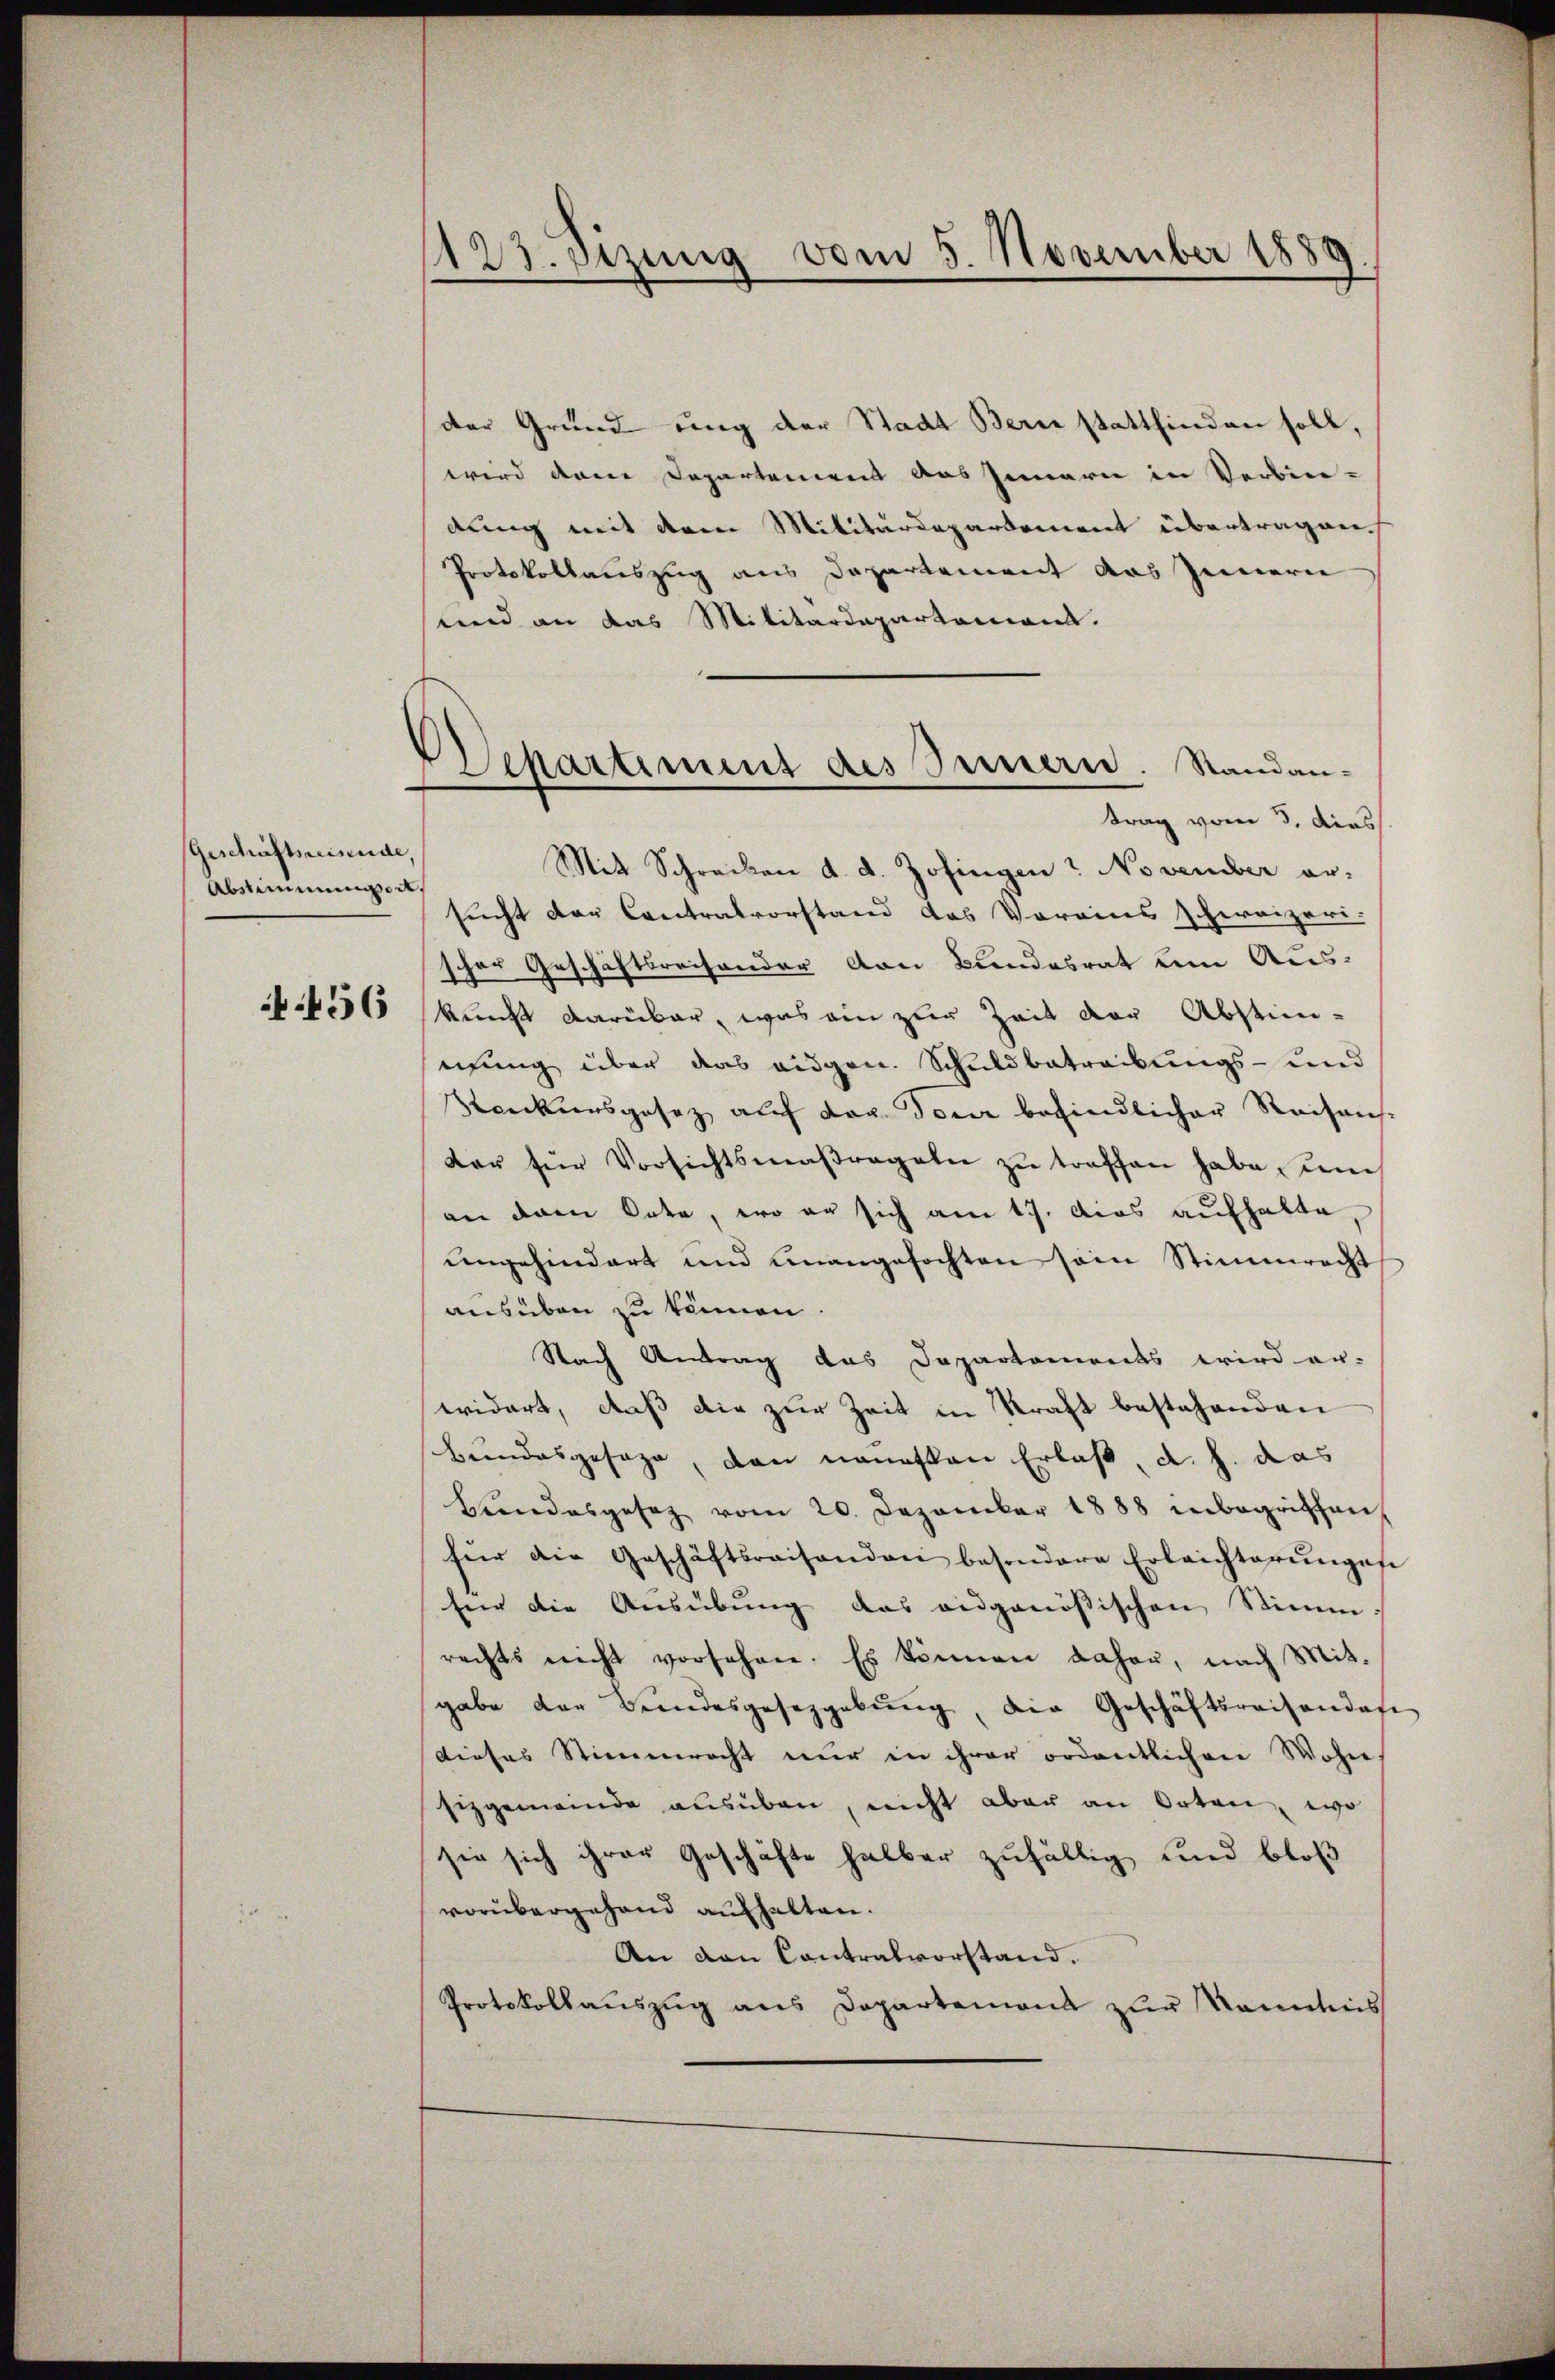
Geschäftsreisende,
Abstimmungen.

456

123. Etzung vom 5. November 1880

Schartiment des Innern. Standantrag vom 3. dies

der Grund ung der Stadt Bern stattfinden soll,
wird dann Departement des Innern in Verbin-
dung mit dem Militärdepartement übertragen.
Protokollauszug aus Departement das Innern
und an das Militärdepartament.
Mit Schrecken d. d. Zofingen? November er-
sucht der Contralvorstand das Vorains schweizeri-
scher Geschäftsreisender von Bundesrat um Aus-
kunft darüber, was ein zur Zeit der Abstim-
nung über das eigen. Schuldbetreibungs- und
Streckensgesetz auf der Tour befindlicher Reisens-
der für Vorsichtsmaßregeln zŭ treffen habe, um
an dem Orte, wo er sich am 17. Das aufhalte
ungehindert und unangefochten sein Stimmrecht
ausüben zu können
Nach Antrag das Departaments wird er-
widert, daß die zur Zeit in Kraft bestehenden
Bundesgesage, den neuesten Erlas, d. h. das
Hŭndesgesetz vom 20. Dezember 1888 inbegriffen,
für die Geschäftsreisenden besondere Erleichterungen
für die Ausübung das eidgenössischen Stimm
rechts nicht vorsehen. Es können daher, nach Mit-
gabe der Beendesgeseggebung, die Geschäftsreisendase
dieses Stimmrecht nur in ihrer ordentlichen Wohn
fizgemeinde ausüben, nicht aber an Orten, wo
sie sich ihrer Geschäfte halber zufällig und bloß
vorübergehend aufhalten.
An den Contralvorstand.
Protokollaŭszŭg ans Departemons zŭr Kenntnis